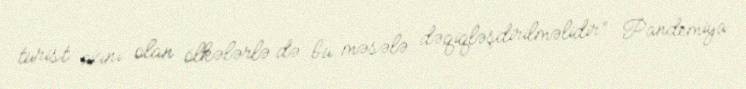
turist axını olan ölkələrlə də bu məsələ dəqiqləşdirilməlidir” Pandemiya